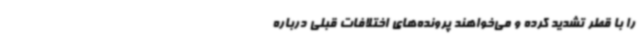
را با قطر تشدید کرده و می‌خواهند پرونده‌های اختلافات قبلی درباره